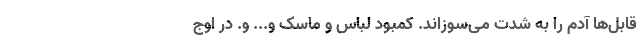
قابل‌ها آدم را به شدت می‌سوزاند. کمبود لباس و ماسک و... و. در اوج